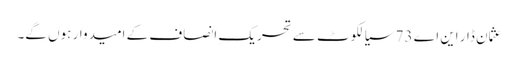
عثمان ڈار این اے 73 سیالکوٹ سے تحریکِ انصاف کے امیدوار ہوں گے۔